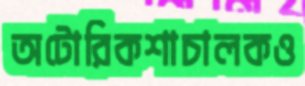
অটোরিকশাচালকও